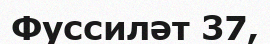
Фуссиләт 37,